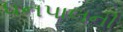
ધનપાલની